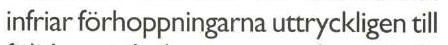
infriar förhoppningarna uttryckligen till